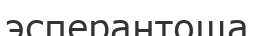
эсперантоша